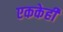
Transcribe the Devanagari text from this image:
एककेही